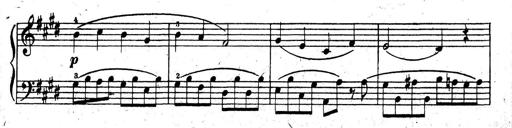
Title: 10 Sonatinas
Composer: Fritz Spindler